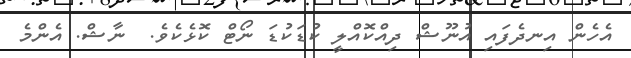
އެހެން އިނދެފައި އުނޫޝް ދިއްކޮއްލީ ކުޑަކުޑަ ނޯޓް ކޮޅެކެވެ.  ނާޝް. އެންމެ